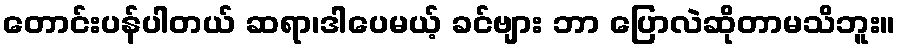
တောင်းပန်ပါတယ် ဆရာ၊ဒါပေမယ့် ခင်ဗျား ဘာ ပြောလဲဆိုတာမသိဘူး။